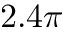
2 . 4 \pi